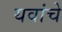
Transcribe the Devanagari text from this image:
यवांचे